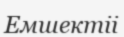
Емшектіі